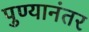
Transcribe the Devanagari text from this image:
पुण्यानंतर